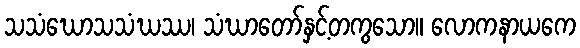
သသံဃောသသံဃဿ၊ သံဃာတော်နှင့်တကွသော။ လောကနာယကေ